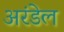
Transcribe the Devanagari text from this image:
अरंडेल